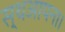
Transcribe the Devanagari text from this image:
स्थआपना।